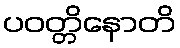
ပဝတ္တိနောတိ